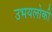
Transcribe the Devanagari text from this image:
उभयलोकी